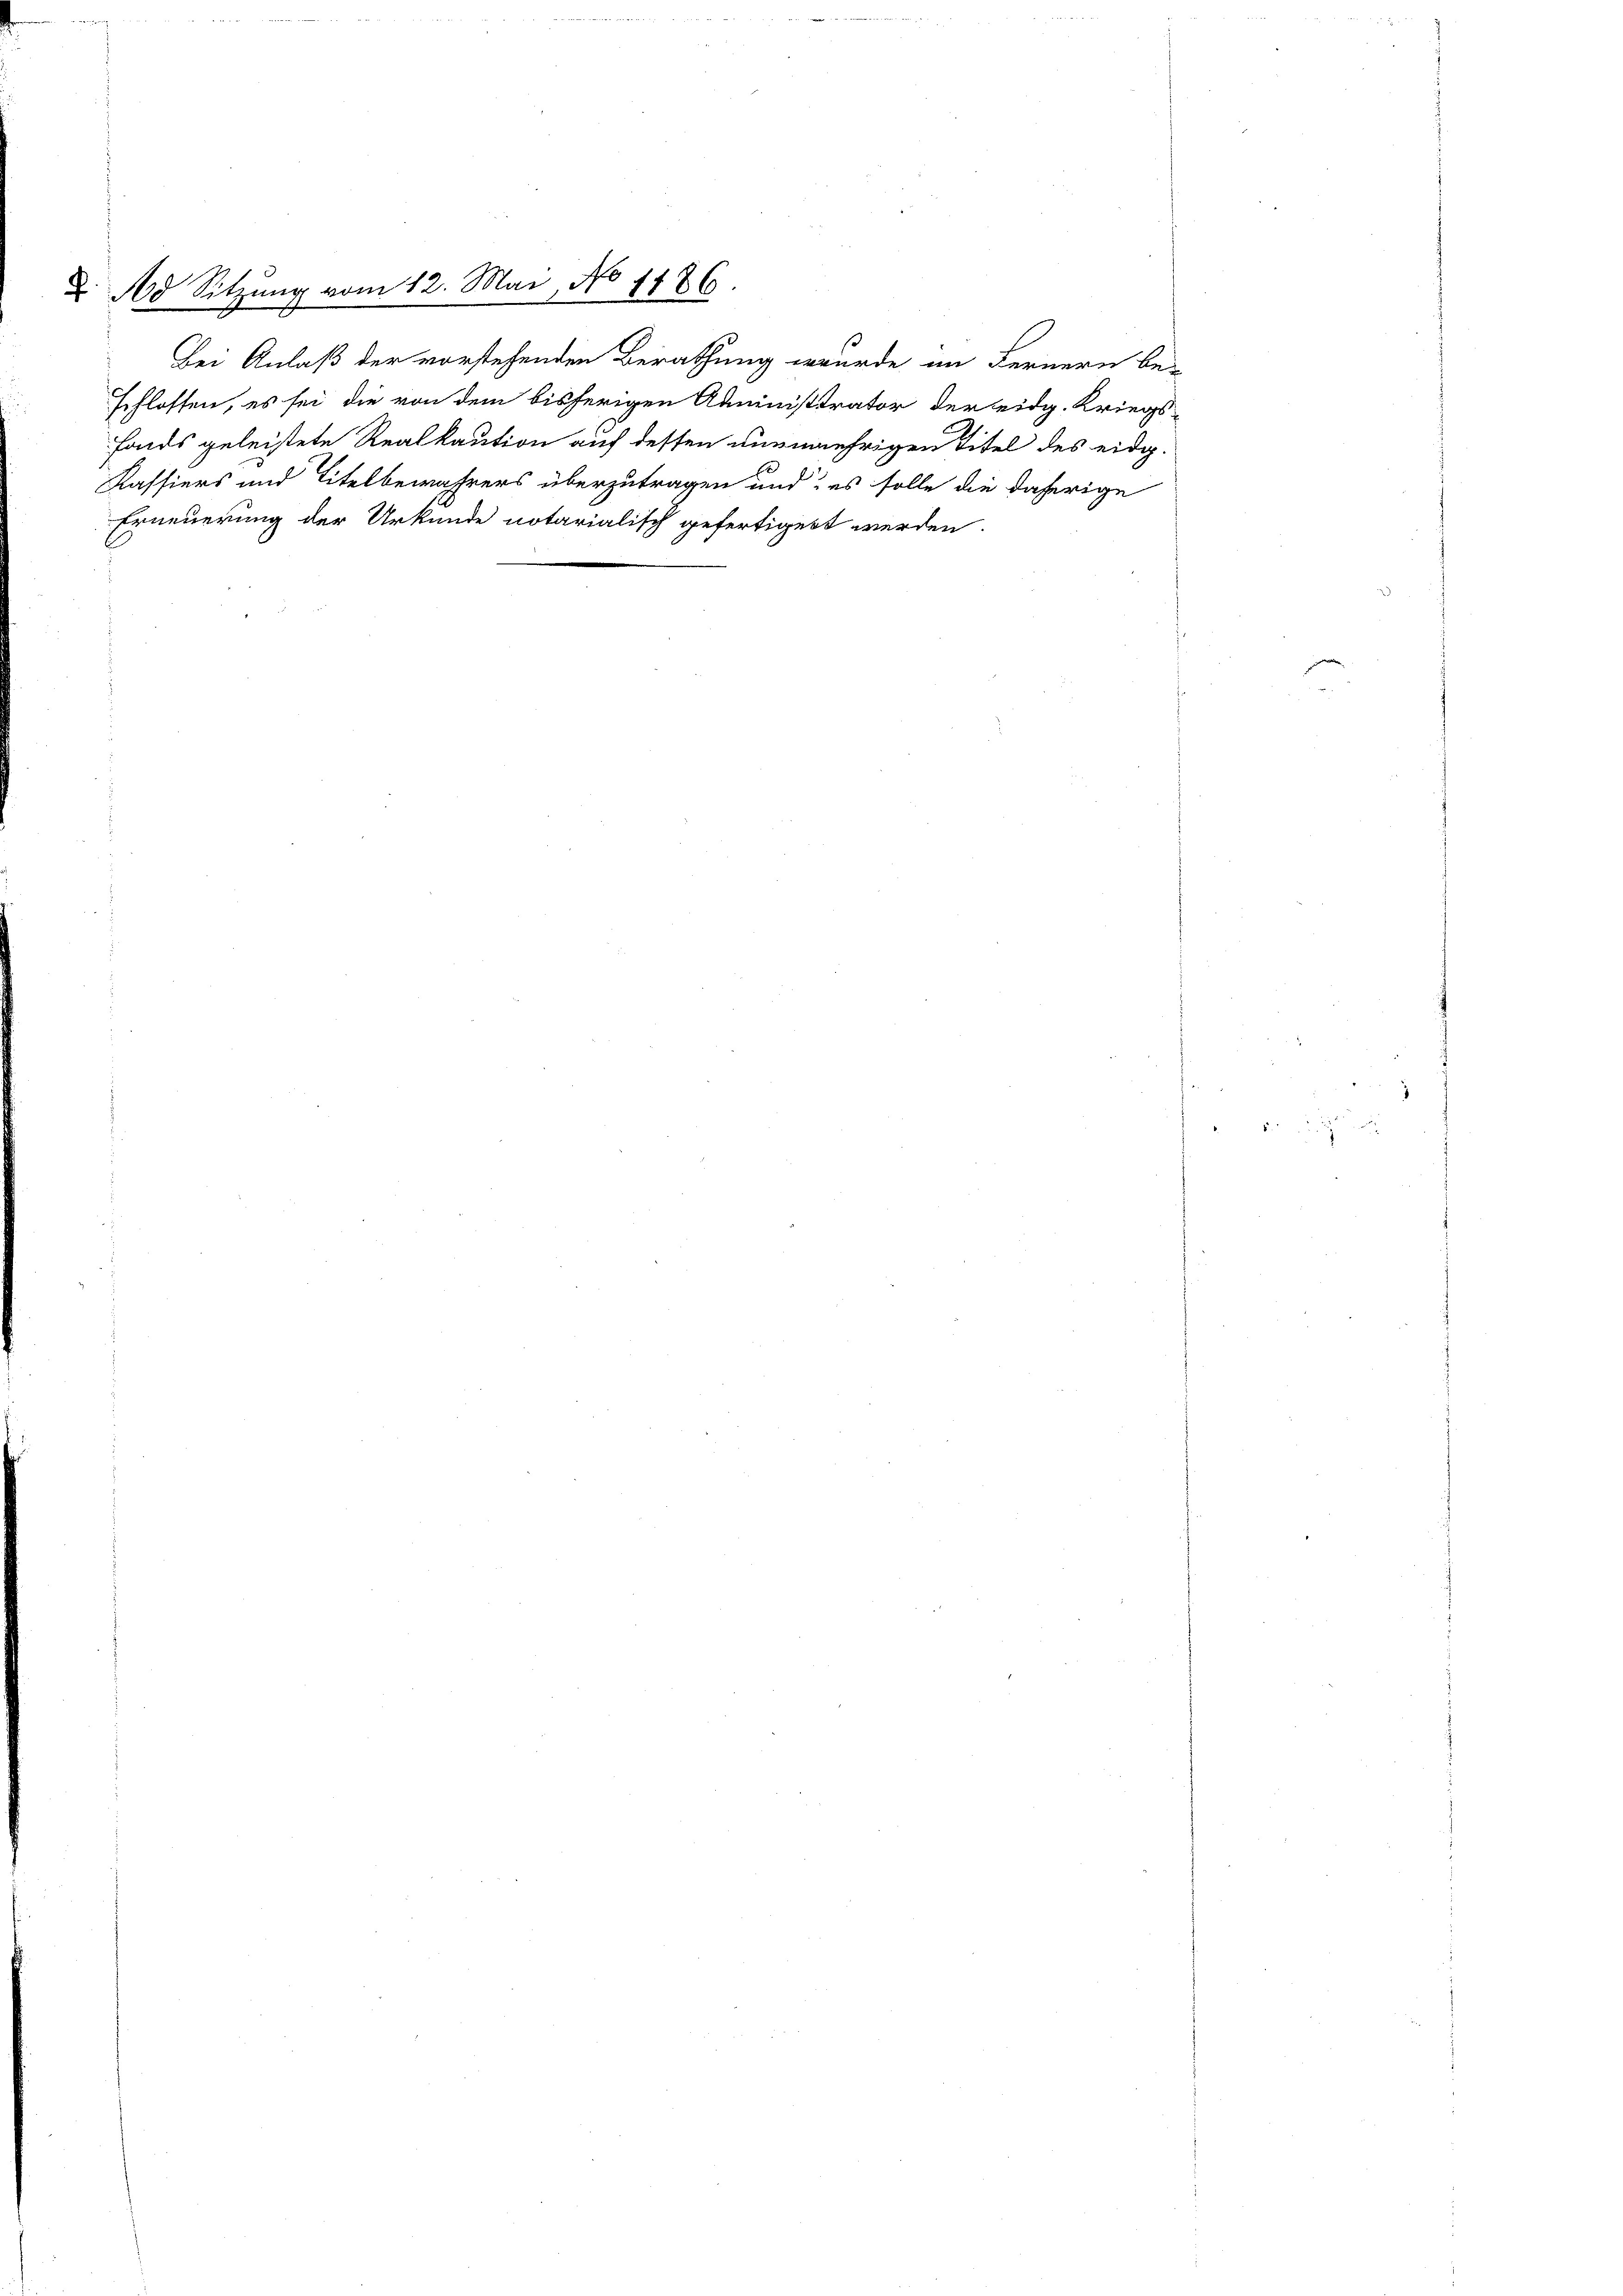
e

No Sitzŭng vom 12. Mai, No 1786.

6

fonds geleistete Realkaution auf dessen nunmehrigen Titel des eidg.
Kassiers und Titelbewahrers überzutragen und es solle die daherige
Erneuerung der Urkunde notarialisch gefertigert werden.

Bei Anlaß der vorstehenden Berathung wurde im Fernern be-
schlossen, es sei die von dem bisherigen Administrator der eidg. Kriegs¬